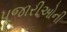
પૂજારીઓની